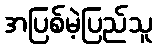
အပြစ်မဲ့ပြည်သူ